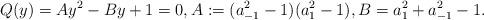
LaTeX: \begin{align*}Q(y)=Ay^2-By+1=0, A:=(a_{-1}^2-1)(a_1^2-1), B=a_1^2+a_{-1}^2-1.\end{align*}